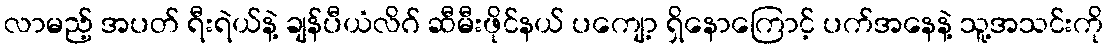
လာမည့် အပတ် ရီးရဲယ်နဲ့ ချန်ပီယံလိဂ် ဆီမီးဖိုင်နယ် ပကျော့ ရှိနောကြောင့် ပက်အနေနဲ့ သူ့အသင်းကို